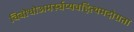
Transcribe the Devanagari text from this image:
विबोधोअमर्स्चप्यवहित्थमदोग्रता